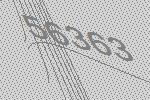
56363